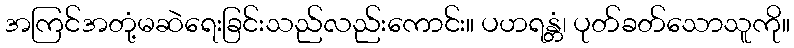
အကြင်အတုံ့မဆဲရေးခြင်းသည်လည်းကောင်း။ ပဟရန္တံ၊ ပုတ်ခတ်သောသူကို။